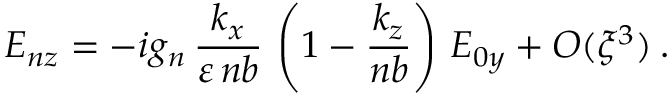
E _ { n z } = - i g _ { n } \, \frac { k _ { x } } { \varepsilon \, n b } \, \left( 1 - \frac { k _ { z } } { n b } \right) \, E _ { 0 y } + O ( \xi ^ { 3 } ) \: .